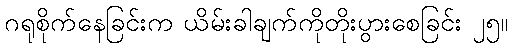
ဂရုစိုက်နေခြင်းက ယိမ်းခါချက်ကိုတိုးပွားစေခြင်း ၂၅။